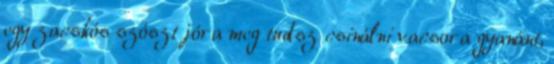
egy zacskós szószt jóra meg tudsz csinálni vacsora gyanánt,